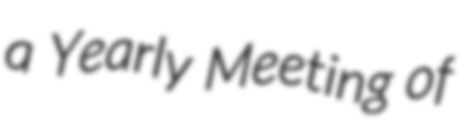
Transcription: a Yearly Meeting of